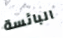
البائسة